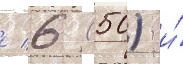
/ 6 (50) и́